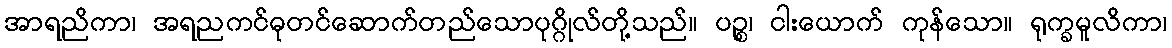
အာရညိကာ၊ အရညကင်ဓုတင်ဆောက်တည်သောပုဂ္ဂိုလ်တို့သည်။ ပဉ္စ၊ ငါးယောက် ကုန်သော။ ရုက္ခမူလိကာ၊